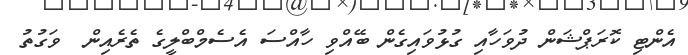
އެންޓި ކޮރަޕްޝަން ދުވަހާއި ގުޅުވައިގެން ބޭއްވި ހާއްސަ އެސެމްބްލީގެ ތެރެއިން  ވަގުތު